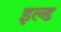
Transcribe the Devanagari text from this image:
इल्ड